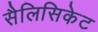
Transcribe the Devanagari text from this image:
सैलिसिकेट